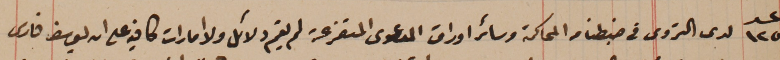
عدد ١٢٥ لدى التروى في ضبطنا من المحاكمة وسائر اوراق الدعوى المتفرعة لم يقم دلائل ولا امارات كافيه على ان يوسف فارس